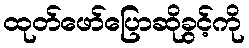
ထုတ်ဖော်ပြောဆိုခွင့်ကို